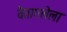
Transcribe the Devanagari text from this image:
वैतागलेला